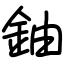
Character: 鈾